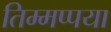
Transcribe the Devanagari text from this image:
तिम्मप्पया